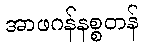
အာဖဂန်နစ္စတန်